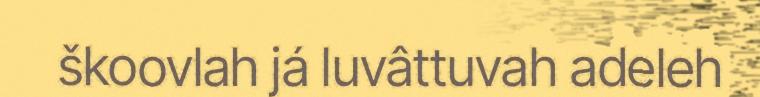
škoovlah já luvâttuvah adeleh